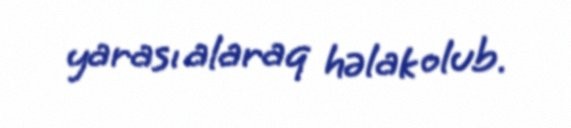
yarası alaraq həlak olub.